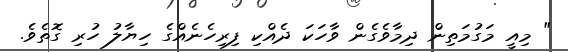
" މިއީ މަގުމަތިން ދިމާވެގެން ވާހަކަ ދެއްކި ފިރިހެނެއްގެ ހިޔާލު ހުރި ގޮތެވެ.